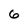
Character: 6